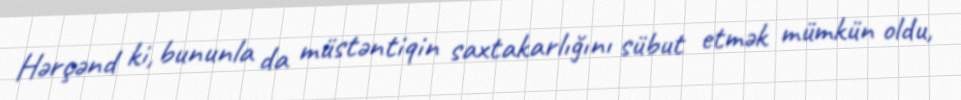
Hərçənd ki, bununla da müstəntiqin saxtakarlığını sübut etmək mümkün oldu,